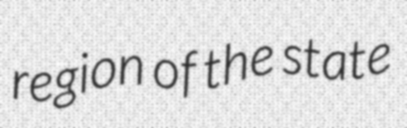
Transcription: region of the state